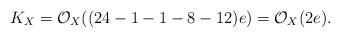
LaTeX: \begin{align*} K_X=\mathcal{O}_X( (24-1-1-8-12) e )=\mathcal{O}_X(2e).\end{align*}